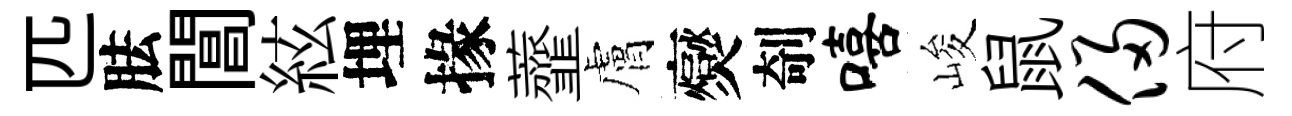
匹胠閶絃埋掾虀膚爕剞嘻峻鼠侵府